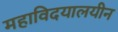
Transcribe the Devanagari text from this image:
महाविदयालयीन